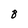
Character: 8